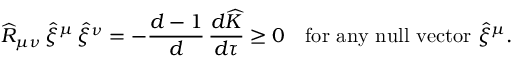
\widehat { R } _ { \mu \nu } \, \widehat { \xi } ^ { \mu } \, \widehat { \xi } ^ { \nu } = - \frac { d - 1 } { d } \, \frac { d \widehat { K } } { d \tau } \ge 0 ~ ~ ~ \mathrm { f o r ~ a n y ~ n u l l ~ v e c t o r } ~ \widehat { \xi } ^ { \mu } .